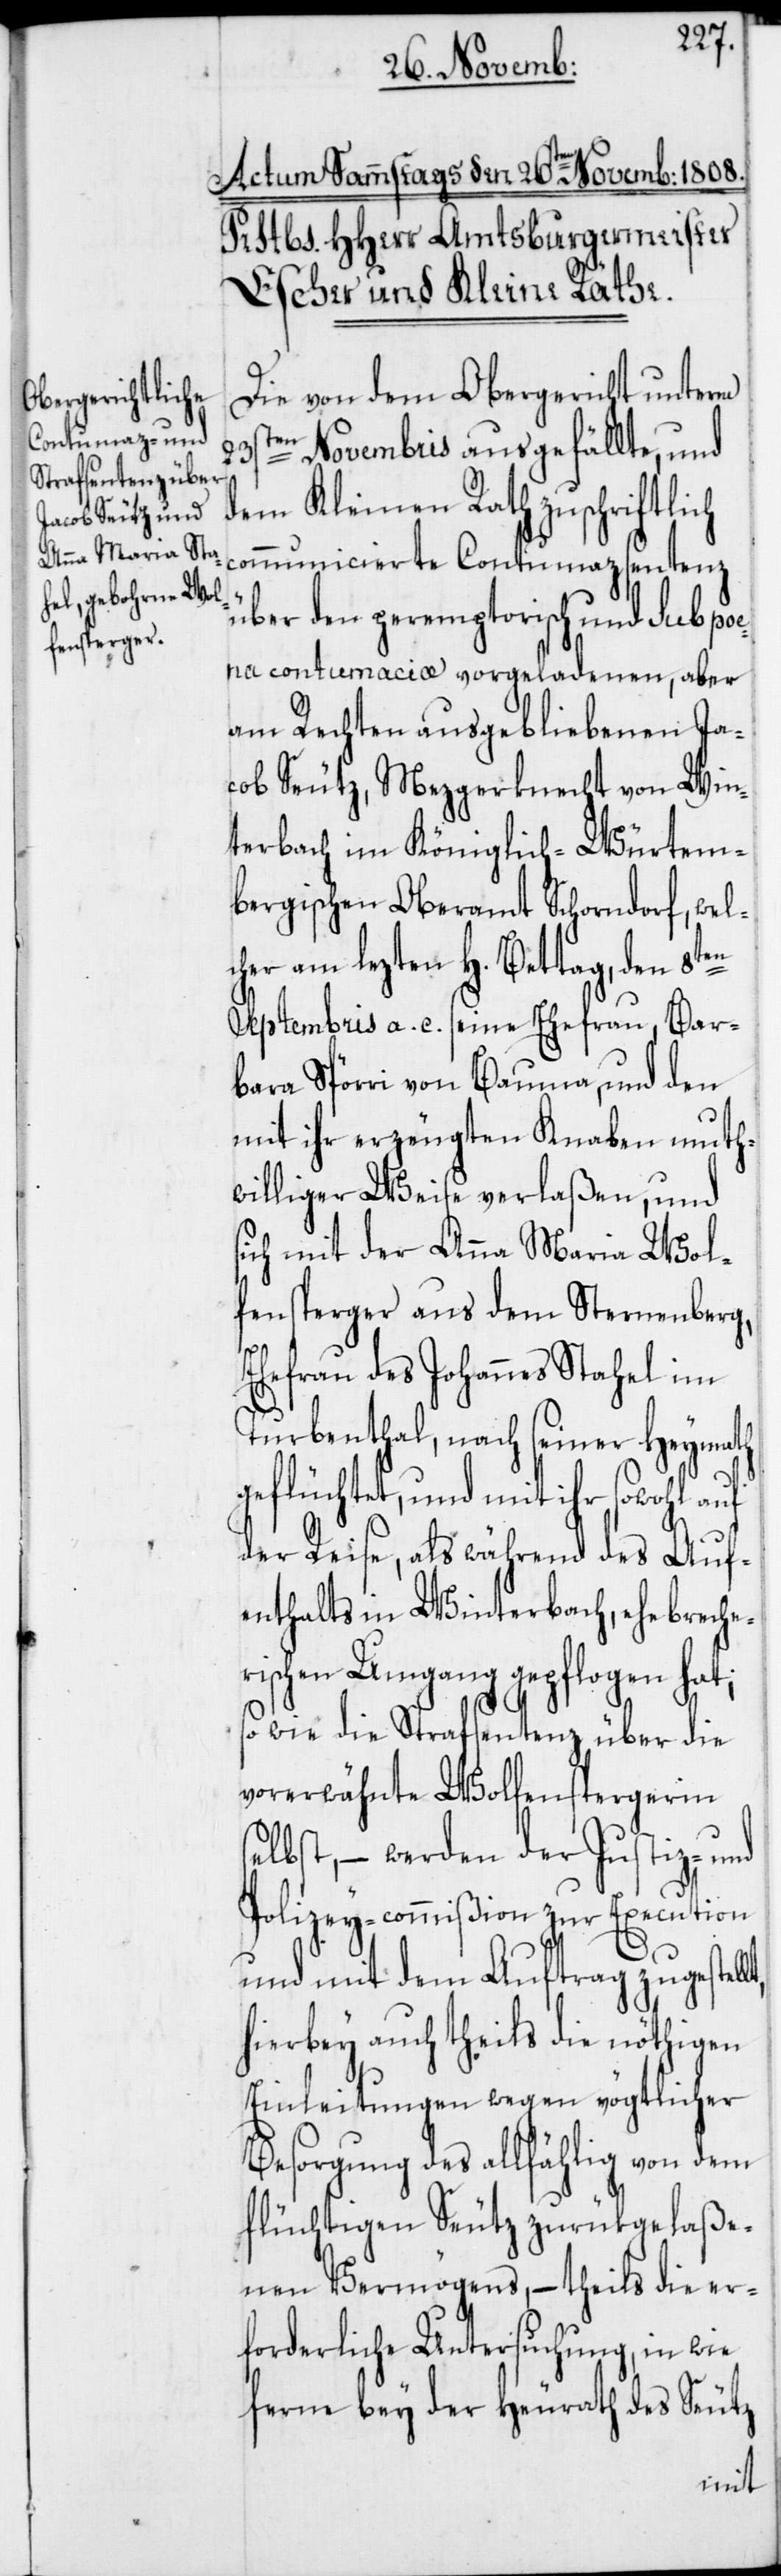
Die von dem Obergericht unterm
23sten Novembris ausgefällte und
dem Kleinen Rath zuschriftlich
communicierte Contumazsentenz
über den peremptorisch und sub poen¬
a contumaciæ vorgeladenen, aber
am Rechten ausgebliebenen Ja¬
cob Seutz, Mezgerknecht von Win¬
terbach im Königlich-Würtem¬
bergischen Oberamt Schorndorf, wel¬
cher am lezten H. Bettag den 8ten
Septembris a. c. seine Ehefrau, Bar¬
bara Spörri von Bauma, und den
mit ihr erzeugten Knaben muth¬
williger Weise verlaßen, und
sich mit der Anna Maria Wol¬
fensperger aus dem Sternenberg,
Ehefrau des Johannes Stahel im
Turbenthal, nach seiner Heymath
geflüchtet, und mit ihr sowohl auf
der Reise, als während des Auf¬
enthalts in Winterbach, ehebreche¬
rischen Umgang gepflogen hat;
so wie die Strafsentenz über die
vorerwähnte Wolfenspergerin s¬
elbst, – werden der Justiz- und
Polizey-commißion zur Execution
und mit dem Auftrag zugestel¬
hierbey auch theils die nöthigen
Einleitungen wegen vögtlicher
Besorgung des allfählig von dem
flüchtigen Seutz zurükgelaße¬
nen Vermögens, – theils die er¬
forderliche Untersuchung, in wie
ferne bey der Heurath des Seutz
lt,